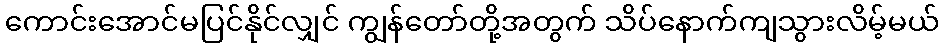
ကောင်းအောင်မပြင်နိုင်လျှင် ကျွန်တော်တို့အတွက် သိပ်နောက်ကျသွားလိမ့်မယ်